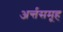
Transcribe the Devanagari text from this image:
अर्न्तसमूह